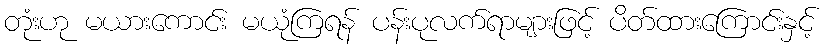
တုံးဟု မယားကောင်း မယုံကြရန် ပန်းပုလက်ရာများဖြင့် ပိတ်ထားကြောင်းနှင့်